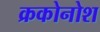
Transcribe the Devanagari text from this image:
क्रकोनोश